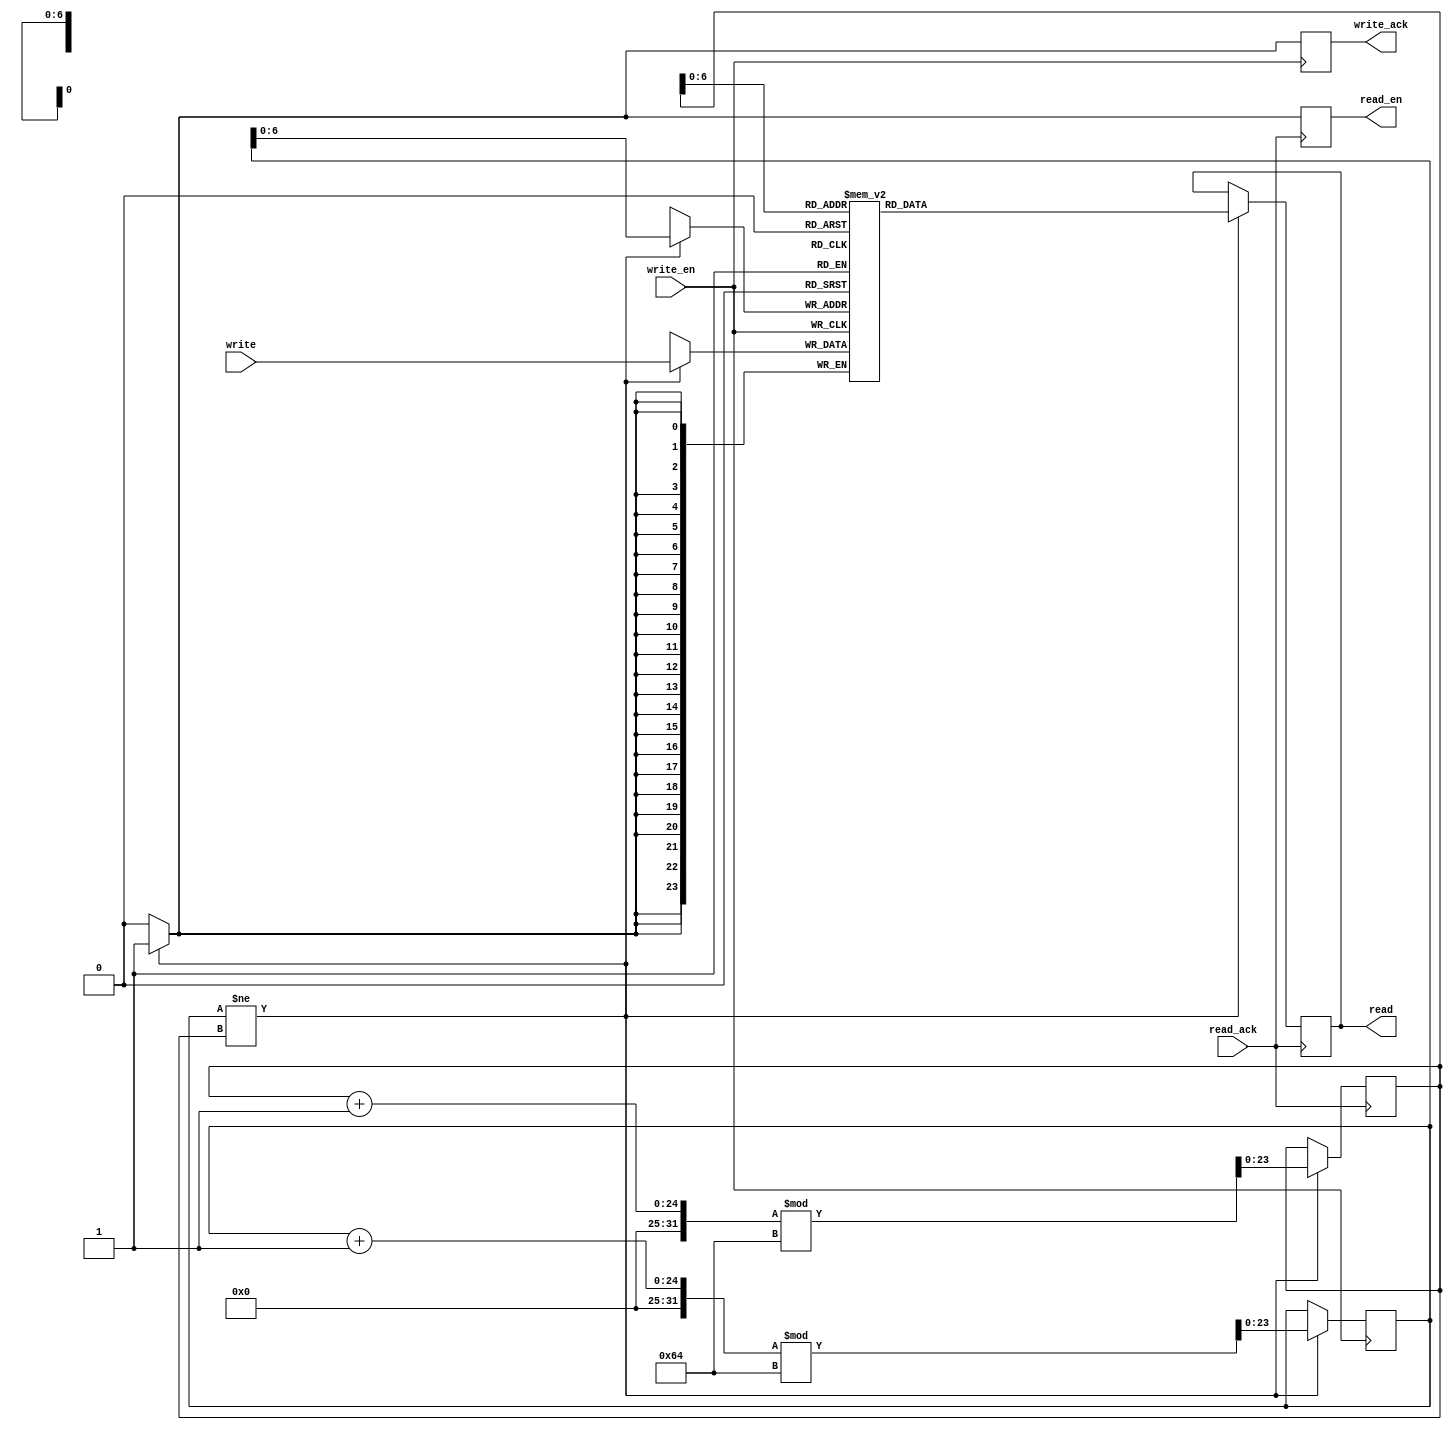
module Queue #(parameter msg_bit_width = 24, parameter max_msg = 100) (read, read_en, write_ack, write, write_en, read_ack);
	localparam max_width = 1 << msg_bit_width;
	output reg [msg_bit_width - 1:0] read;
	output reg write_ack;
	output reg read_en;
	input [msg_bit_width - 1:0] write;
	input write_en;
	input read_ack;
//	input clock;
	
	reg [msg_bit_width - 1:0] q_in;
	reg [msg_bit_width - 1:0] q_out;
	
	reg [msg_bit_width - 1:0] q [0:max_msg - 1];


	always @(posedge write_en) 
	begin
	if (q_in != q_out)
		begin
			q[q_in] <= write;
			q_in <= (q_in + 1) % max_msg;
			write_ack <= 1'b1;
		end
		else
			write_ack <= 1'b0;
	end
	

	always @(posedge read_ack)
	begin
		if (q_in != q_out)
		begin
			read <= q[q_out];
			q_out <= (q_out + 1) % max_msg;
			read_en <= 1'b1;
		end
		else 
			read_en <= 1'b0;
	end
	
	
endmodule